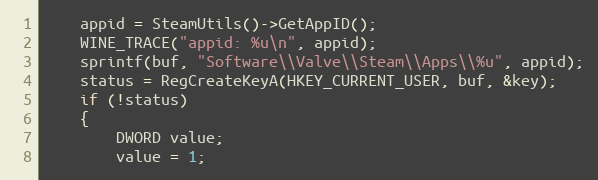
Language: C++
    appid = SteamUtils()->GetAppID();
    WINE_TRACE("appid: %u\n", appid);
    sprintf(buf, "Software\\Valve\\Steam\\Apps\\%u", appid);
    status = RegCreateKeyA(HKEY_CURRENT_USER, buf, &key);
    if (!status)
    {
        DWORD value;
        value = 1;